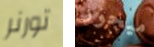
تورنر ميجور